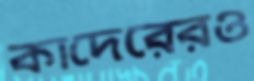
কাদেরেরও